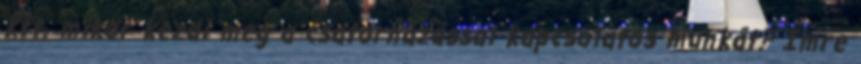
Kft. mikor kezdi meg a csatornázással kapcsolatos munkát? Imre